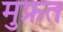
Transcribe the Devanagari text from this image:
मुफ्रत